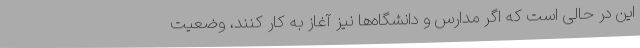
این در حالی است که اگر مدارس و دانشگاه‌ها نیز آغاز به کار کنند، وضعیت